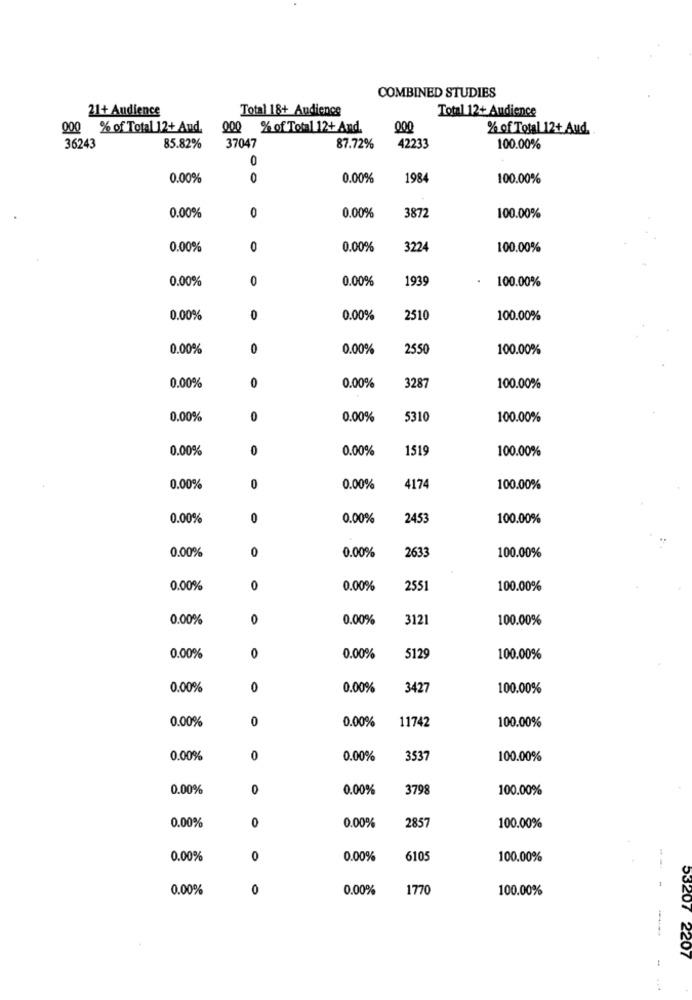
COMBINED STUDIES
21+ Audience
Total 18+ Audience
Total 12+ Audience
000 % of Total 12+ And.
000 % of Total 12+ And.
000
% of Total 12+ Aud.
36243
85.82%
37047
87.72%
42233
100.00%
0
0.00%
0.00%
1984
100.00%
0.00%
3872
0.00%
0
100.00%
0.00%
0
0.00%
3224
100.00%
0.00%
0
0.00%
1939
100.00%
0.00%
0
0.00%
2510
100.00%
0.00%
0
0.00%
2550
100.00%
3287
0.00%
0
0.00%
100.00%
0.00%
0
0.00%
5310
100.00%
0.00%
0
0.00%
1519
100.00%
0.00%
0
0.00%
4174
100.00%
0.00%
0
0.00%
2453
100.00%
0.00%
0
0.00%
2633
100.00%
0.00%
0
0.00%
2551
100.00%
0.00%
0
0.00%
3121
100.00%
0.00%
0
0.00%
5129
100.00%
0.00%
0
0.00%
3427
100.00%
0.00%
0
0.00%
11742
100.00%
0.00%
0
0.00%
3537
100.00%
0.00%
0
0.00%
3798
100.00%
0.00%
0
0.00%
2857
100.00%
0.00%
0
0.00%
6105
100.00%
0.00%
0
0.00%
1770
100.00%
---
53207 2207